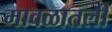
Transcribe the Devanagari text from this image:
मावळातली